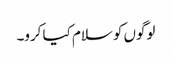
لوگوں کو سلام کیا کرو۔